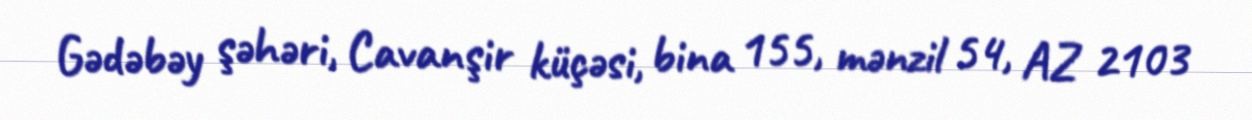
Gədəbəy şəhəri, Cavanşir küçəsi, bina 155, mənzil 54, AZ 2103